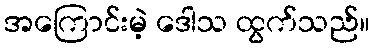
အကြောင်းမဲ့ ဒေါသ ထွက်သည်။